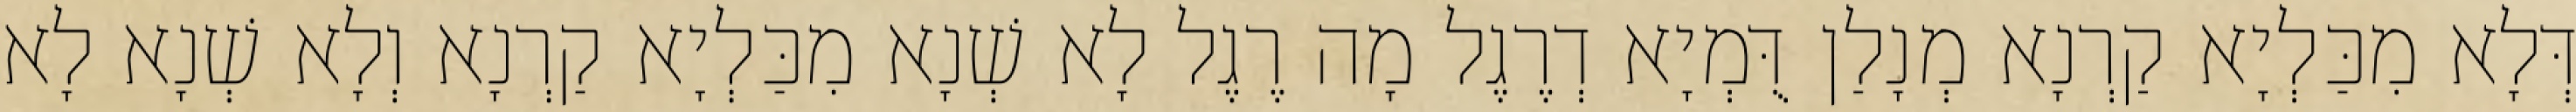
דְּלָא מִכַּלְיָא קַרְנָא מְנָלַן דֻּמְיָא דְרֶגֶל מָה רֶגֶל לָא שְׁנָא מִכַּלְיָא קַרְנָא וְלָא שְׁנָא לָא